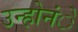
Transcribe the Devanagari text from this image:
उन्होनंे